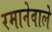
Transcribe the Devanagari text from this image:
रमानेवाले